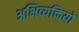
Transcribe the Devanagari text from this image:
अभिव्‍यक्तियों